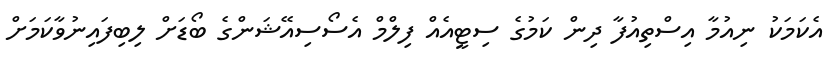
އެކަމަކު ނިއުމާ އިސްތިއުފާ ދިން ކަމުގެ ސިޓީއެއް ފިލްމް އެސޯސިއޭޝަންގެ ބޯޑަށް ލިބިފައިނުވާކަމަށް